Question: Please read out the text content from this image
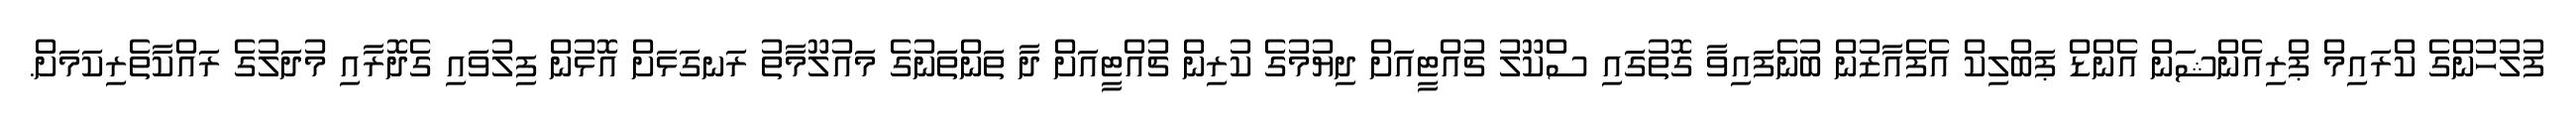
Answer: ފުލުހުންގެ ކްރައިމް ޕްރިއެންޝަން އެންޑް ޕަބްލިކް އެފެއާޒުން ބުނެފައިވާ ގޮތުގައި ސްކޫލު ޗުއްޓީއަށް ދިޔުމުގެ ކުރިން ޗުއްޓީއަށް ދާ ތަންތަނުގެ މައުލޫމާތު ރަނގަޅަށް އޮޅުން ފިލުވައި ގެދޮރާއި މުދަލުގެ ރައްކާތެރިކަމަށް.